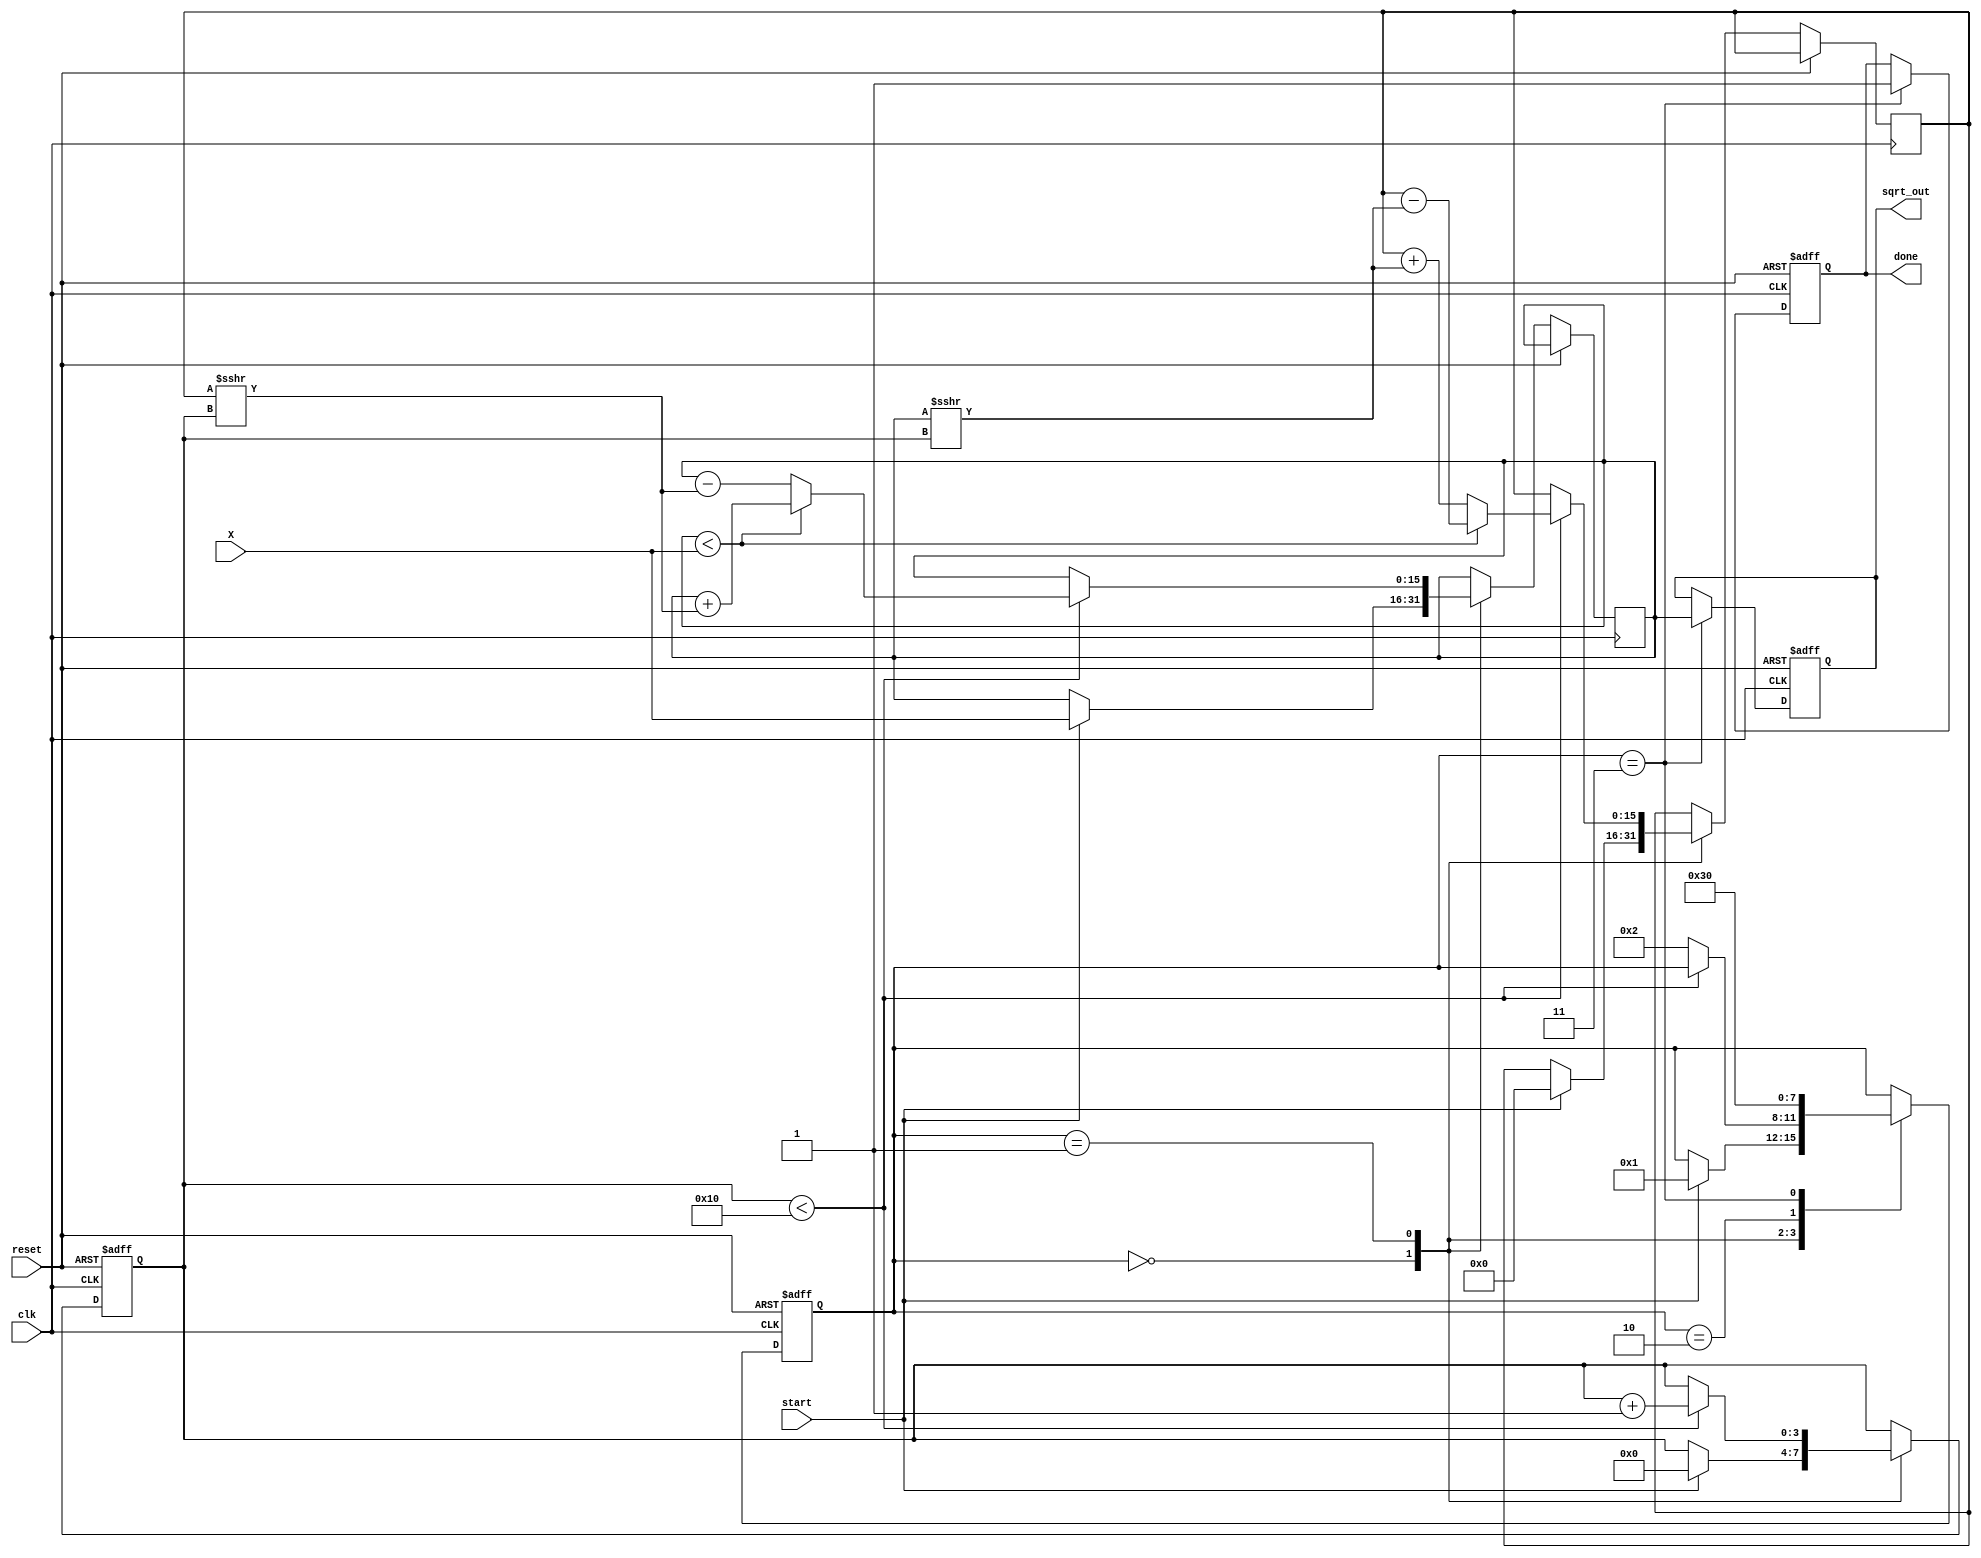
module cordic_sqrt #(
    parameter WIDTH = 16,          // Width of input and output
    parameter N = 16               // Number of iterations
) (
    input wire clk,                // Clock signal
    input wire reset,              // Asynchronous reset
    input wire start,              // Start signal
    input wire [WIDTH-1:0] X,      // Input value for which sqrt is calculated
    output reg [WIDTH-1:0] sqrt_out, // Output square root
    output reg done                // Done signal
);

    // Internal registers
    reg [WIDTH-1:0] X_i;           // Current X approximation
    reg [WIDTH-1:0] Y_i;           // Current Y approximation
    reg [WIDTH-1:0] Z;             // Rotation angle, not used for sqrt but kept for structure
    reg [3:0] state;               // FSM state
    reg [3:0] iteration_counter;    // Iteration counter

    // CORDIC arctan values for N iterations
    reg [WIDTH-1:0] atan_table [0:N-1];

    initial begin
        // Pre-compute arctan values for CORDIC (for sqrt we use fixed values)
        atan_table[0] = 16'h1; // 1/2^0
        atan_table[1] = 16'h1; // 1/2^1
        atan_table[2] = 16'h1; // 1/2^2
        atan_table[3] = 16'h1; // 1/2^3
        // Continue filling atan_table for further iterations...
    end

    // FSM states
    localparam INIT       = 3'b000,
               ITERATE    = 3'b001,
               CONVERGE    = 3'b010,
               OUTPUT      = 3'b011;

    always @(posedge clk or posedge reset) begin
        if (reset) begin
            sqrt_out <= 0;
            done <= 0;
            state <= INIT;
            iteration_counter <= 0;
        end else begin
            case (state)
                INIT: begin
                    if (start) begin
                        // Initialize values
                        X_i <= X;                // Start with input value
                        Y_i <= 0;                // Initial Y is 0
                        Z <= 0;                  // Initialize Z
                        iteration_counter <= 0;  // Reset counter
                        state <= ITERATE;        // Move to iterate state
                    end
                end
                ITERATE: begin
                    if (iteration_counter < N) begin
                        // CORDIC rotation logic
                        if (X_i < X) begin
                            // Adjust for angle (counter-clockwise)
                            X_i <= X_i + (Y_i >>> iteration_counter);
                            Y_i <= Y_i - (X_i >>> iteration_counter);
                            Z <= Z + atan_table[iteration_counter];
                        end else begin
                            // Adjust for angle (clockwise)
                            X_i <= X_i - (Y_i >>> iteration_counter);
                            Y_i <= Y_i + (X_i >>> iteration_counter);
                            Z <= Z - atan_table[iteration_counter];
                        end
                        iteration_counter <= iteration_counter + 1; // Increment counter
                    end else begin
                        state <= CONVERGE; // Move to converge state
                    end
                end
                CONVERGE: begin
                    // Check convergence (not implemented, assuming N iterations is sufficient)
                    state <= OUTPUT; // Proceed to output the result
                end
                OUTPUT: begin
                    sqrt_out <= X_i; // Final output is in X_i
                    done <= 1;       // Set done signal
                    state <= INIT;   // Prepare for the next calculation
                end
            endcase
        end
    end

endmodule